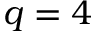
q = 4